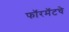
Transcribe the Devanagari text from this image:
फॉरमॅटचे